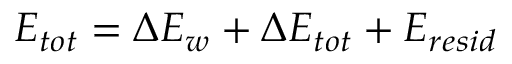
E _ { t o t } = \Delta E _ { w } + \Delta E _ { t o t } + E _ { r e s i d }